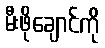
မီးဖိုချောင်ကို